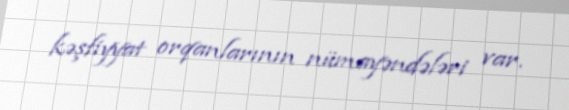
kəşfiyyat orqanlarının nümayəndələri var.